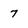
Character: 7